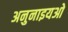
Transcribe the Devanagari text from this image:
अनुनाइयओ